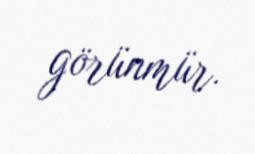
görünmür.